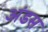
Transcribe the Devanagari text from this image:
अंडस